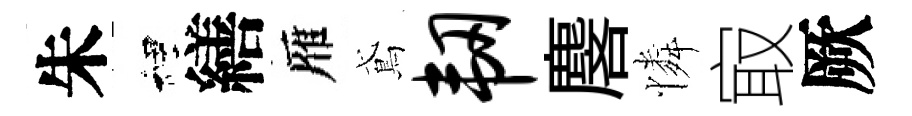
朱裡繕雁鳶韧麐憐㝡厥